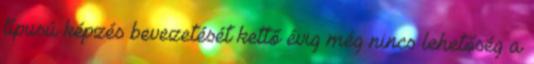
típusú képzés bevezetését kettő évig még nincs lehetőség a